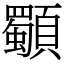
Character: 䫳